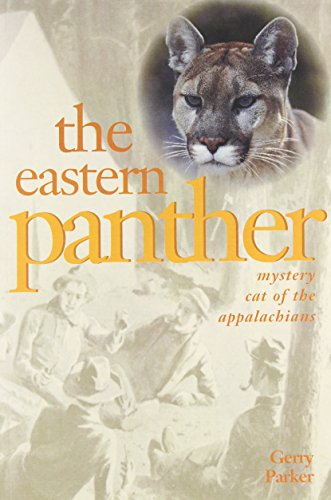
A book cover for The Eastern Panther: Mystery Cat of the Appalachians; Gary Parker; Sports & Outdoors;